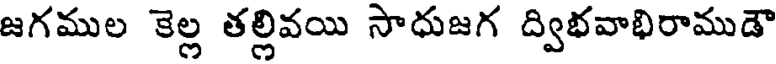
జగముల కెల్ల తల్లివయి సాధుజగ ద్విభవాభిరాముడౌ